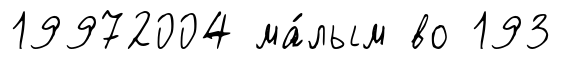
19972004 ма́лым во 193